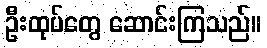
ဦးထုပ်တွေ ဆောင်းကြသည်။